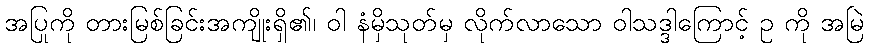
အပြုကို တားမြစ်ခြင်းအကျိုးရှိ၏၊ ဝါ နံမှိသုတ်မှ လိုက်လာသော ဝါသဒ္ဒါကြောင့် ဥ ကို အမြဲ